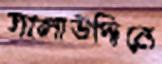
সালাউদ্দিনে